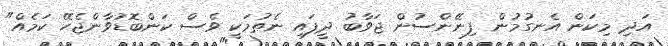
އަދި މިކަން އެނގުމުން ފިނޭންސުން ޖަވާބު ދީފައި ނެތުމަކީ ވެސް ކަންބޮޑުވާންޖެހޭ ކަމެއް"